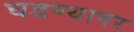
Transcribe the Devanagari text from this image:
घडण्यावर